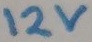
Text: 12V